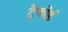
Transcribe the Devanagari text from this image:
ट्रैफोर्ड